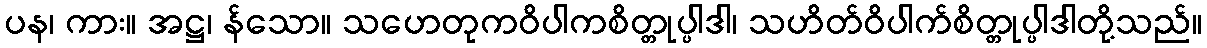
ပန၊ ကား။ အဋ္ဌ၊ န်သော။ သဟေတုကဝိပါကစိတ္တုပ္ပါဒါ၊ သဟိတ်ဝိပါက်စိတ္တုပ္ပါဒါတို့သည်။